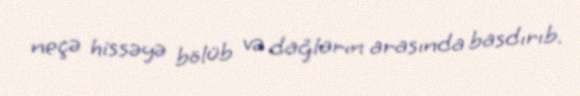
neçə hissəyə bölüb və dağların arasında basdırıb.